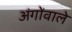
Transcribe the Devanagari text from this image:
अंगोंवाले